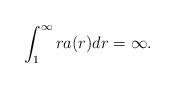
LaTeX: \begin{align*}\int_1^{\infty} r a(r) dr = \infty.\end{align*}